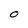
Character: O